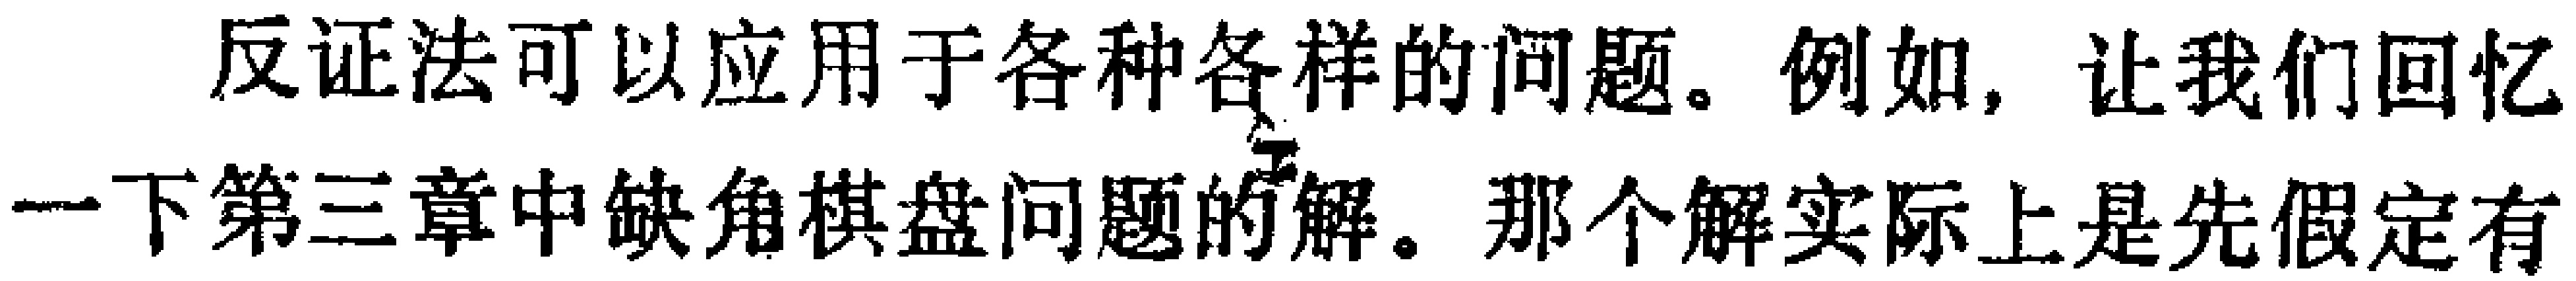
反证法可以应用于各种各样的问题。例如，让我们回忆一下第三章中缺角棋盘问题的解。那个解实际上是先假定有